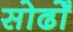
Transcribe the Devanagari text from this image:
सोढोँ